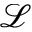
\mathcal { L }